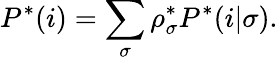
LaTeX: P^{*}(i)=\sum_{\sigma}\rho_{\sigma}^{*}P^{*}(i|\sigma).